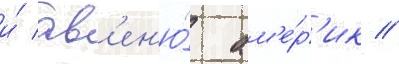
и́ ав'ен'ю́ ам'е́р'ик //